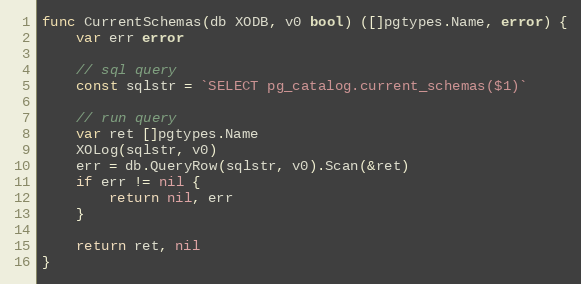
Language: Go
func CurrentSchemas(db XODB, v0 bool) ([]pgtypes.Name, error) {
	var err error

	// sql query
	const sqlstr = `SELECT pg_catalog.current_schemas($1)`

	// run query
	var ret []pgtypes.Name
	XOLog(sqlstr, v0)
	err = db.QueryRow(sqlstr, v0).Scan(&ret)
	if err != nil {
		return nil, err
	}

	return ret, nil
}